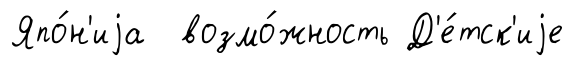
Япо́н'иjа возмо́жность Д'е́тск'иjе